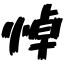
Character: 悼